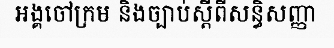
អង្គចៅក្រម និងច្បាប់ស្តីពីសន្ធិសញ្ញា